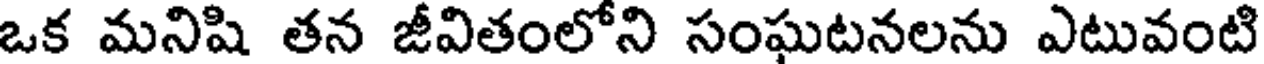
ఒక మనిషి తన జీవితంలోని సంఘటనలను ఎటువంటి